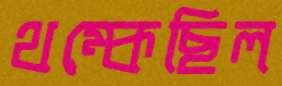
থম্‌কেছিল